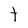
Character: t